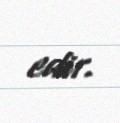
edir.